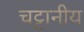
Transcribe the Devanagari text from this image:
चट्टानीय